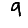
Digit: 9